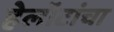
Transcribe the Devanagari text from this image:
हेलॉटांचा